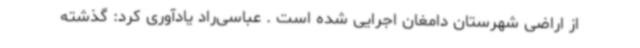
از اراضی شهرستان دامغان اجرایی شده است . عباسی‌راد یادآوری کرد: گذشته